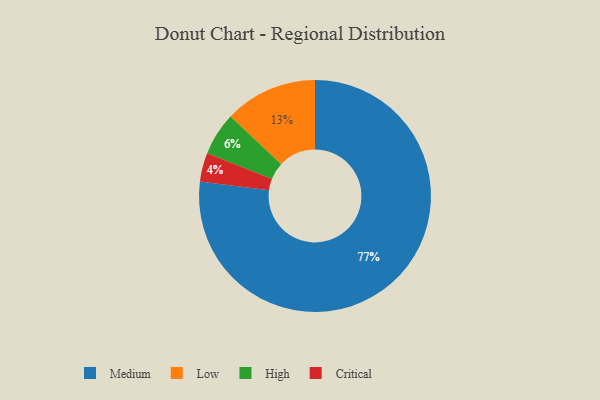
{"axis": {"x": "Category", "y": "Percentage"}, "legend": ["Critical", "High", "Low", "Medium"], "data": [{"x": "Low", "y": 13, "type": "Low"}, {"x": "Critical", "y": 4, "type": "Critical"}, {"x": "Medium", "y": 77, "type": "Medium"}, {"x": "High", "y": 6, "type": "High"}]}